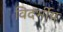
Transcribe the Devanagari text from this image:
विदर्भीय